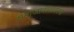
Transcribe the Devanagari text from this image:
समाजावादावरचा